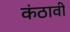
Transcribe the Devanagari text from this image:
कंठावी